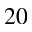
2 0